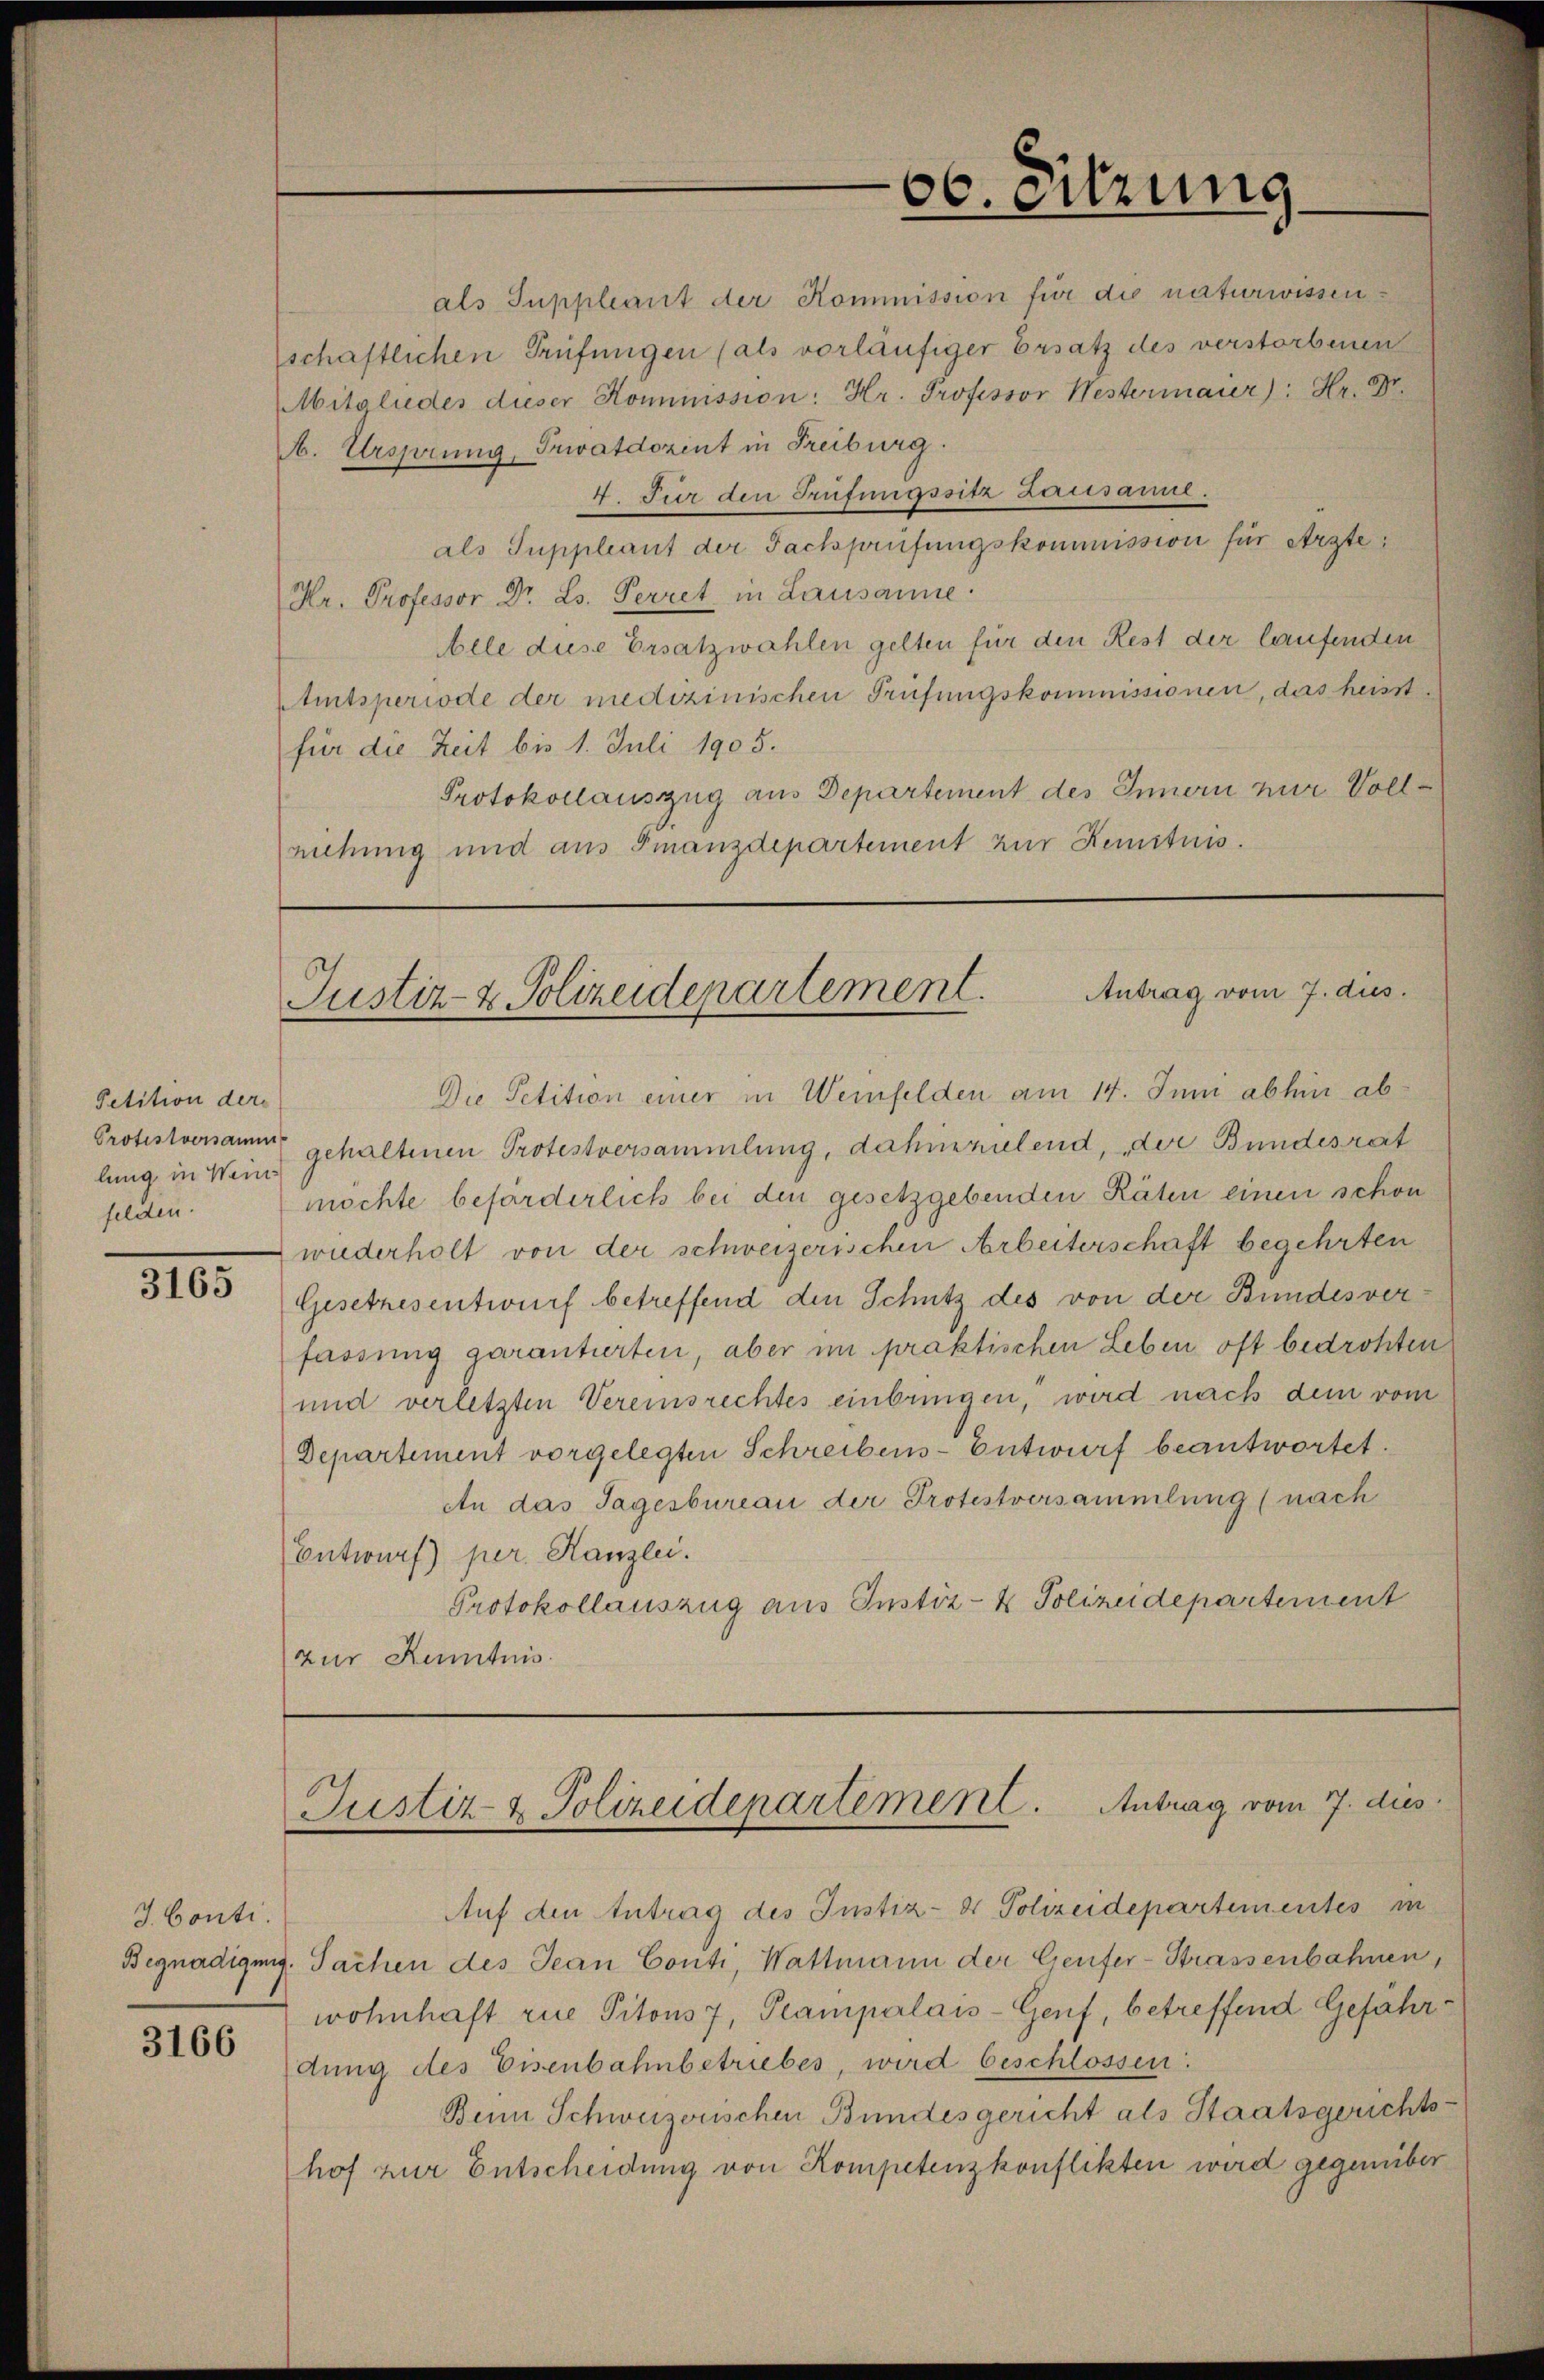
Petition der
Protestversamm
lung in Weinfelden.

3165

J. Conti.
3166

66. eitzung

als Suppleant der Kommission für die naturwissen
schaftlichen Prüfungen (als vorläufiger Ersatz des verstorbenen
Mitgliedes dieser Kommission: Hr. Professor Westermaier): Hr. Dr.
. Ursprung, Privatdozent in Freiburg.
4. Für den Prüfungssitz Lausamml.
als Suppleant der Fachprüfŭngskommission für erste
Hr. Professor Dr. Ls. Perret, in Lausanne.
ele diese Ersatzwahlen gelten für den Rest der laufenden
Amtsperiode der medizinischen Prüfungskommissionen, das heisst
für die Zeit bis 1. Juli 1905.
Protokollauszug aus Departement des Innern nur Vollniehung und aus Finanzdepartement zur Kenntnis.

Justiz- & Polizeidepartement. Antrag vom 7. dies

Die Petition einer in Weinfelden am 14. Juni abhin abgehaltenen Protestversammlung, dahinzielend, der Bundesrat
möchte beförderlich bei den gesetzgebenden Räten einen schon
wiederholt von der schweizerischen Arbeiterschaft begehrten
Gesetzesentwurf betreffend den Schutz des von der Bundesver
fassung garantierten, aber im praktischen Leben oft bedrohten
und verletzten Vereinsrechtes einbringen, wird nach dem vom
Departement vorgelegten Schreibens-Entwurf beantwortet.
An das Tagesbureau der Protestversammlung (nach
Entwurf) per Kanzlei.
Protokollauszug aus Instiz- & Polizeidepartement
zur Kenntnis.

Justiz & Polizeidepartement. Antrag vom 7. dies

Auf den Antrag des Justiz- & Polizeidepartementes in
Begnadigung. Sachen des Jean Conti, Wattmann der Genfer-Strassenbahnen,
wohnhaft rue Pitous 7, Peampalais-Genf, betreffend Gefährdung des Eisenbahnbetriebes, wird beschlossen:
Beim Schweizerischen Bundesgericht als Staatsgerichtshof zur Entscheidung von Kompetenzkonflikten wird gegenüber